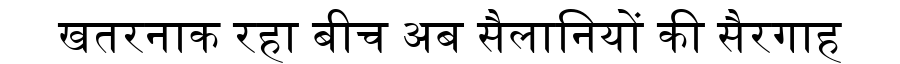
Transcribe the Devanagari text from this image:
खतरनाक रहा बीच अब सैलानियों की सैरगाह